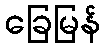
ခြေမြန်